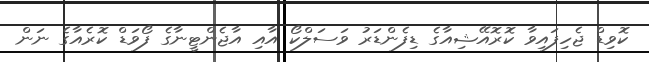
ކޮވިޑް ޖެހިފައިވާ ކޮރޮއޭޝިއާގެ ޑިފެންޑަރު ވަސަލްކޯ އާއި އާޖެންޓީނާގެ ފޯވަޑް ކޮރެއާގެ ނަން